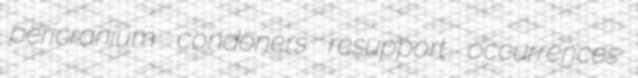
pericranium condoners resupport occurrences